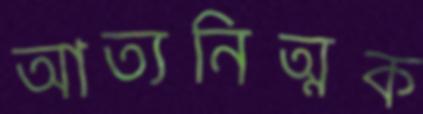
আত্যনিত্মক